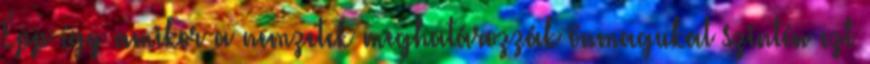
Épp így amikor a nemzetek meghatározzák önmagukat szintén ezt